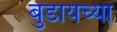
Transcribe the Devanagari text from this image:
बुडायच्या